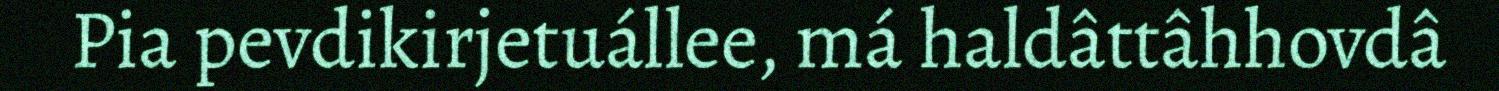
Pia pevdikirjetuállee, má haldâttâhhovdâ